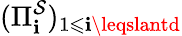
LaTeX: (\Pi_{\mathbf{i}}^{\mathcal{{S}}})_{1\leqslant\mathbf{i}\leqslantd}